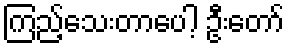
ကြည့်သေးတာပေါ့ ဦးတော်